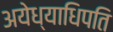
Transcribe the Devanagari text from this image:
अयेध्याधिपति